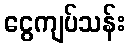
ငွေကျပ်သန်း